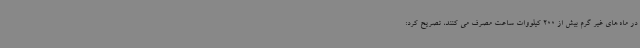
در ماه های غیر گرم بیش از 200 کیلووات ساعت مصرف می کنند، تصریح کرد: